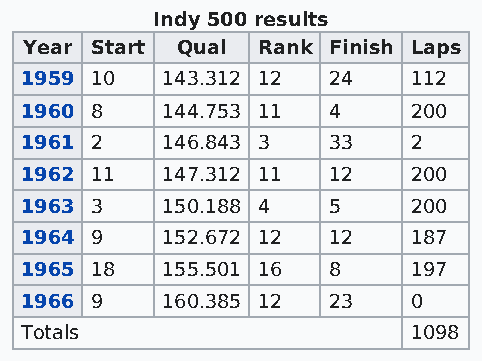
Indy 500 results
 Year Start Qual Rank Finish Laps
 1959 10   143.312 12 24   112
 1960 8    144.753 11 4    200
 1961 2    146.843 3  33   2
 1962 11   147.312 11 12   200
 1963 3    150.188 4  5    200
 1964 9    152.672 12 12   187
 1965 18   155.501 16 8    197
 1966 9    160.385 12 23   0
 Totals                    1098